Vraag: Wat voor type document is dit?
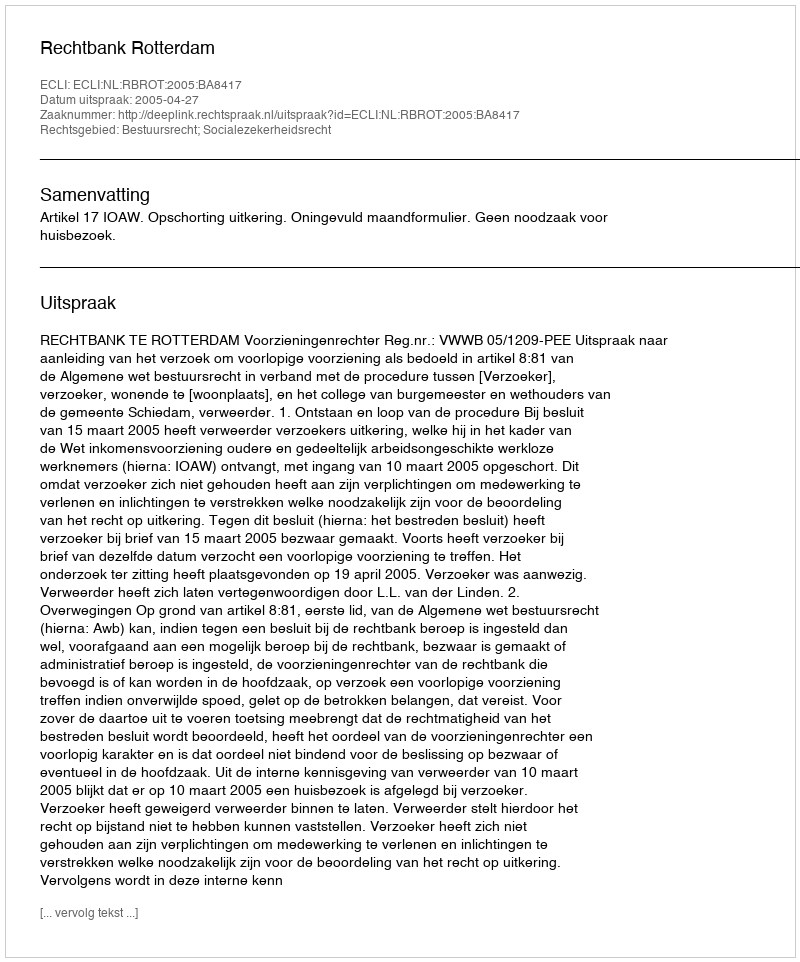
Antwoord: Uitspraak